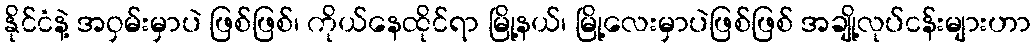
နိုင်ငံနဲ့ အဝှမ်းမှာပဲ ဖြစ်ဖြစ်၊ ကိုယ်နေထိုင်ရာ မြို့နယ်၊ မြို့လေးမှာပဲဖြစ်ဖြစ် အချို့လုပ်ငန်းများဟာ